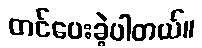
တင်ပေးခဲ့ပါတယ်။